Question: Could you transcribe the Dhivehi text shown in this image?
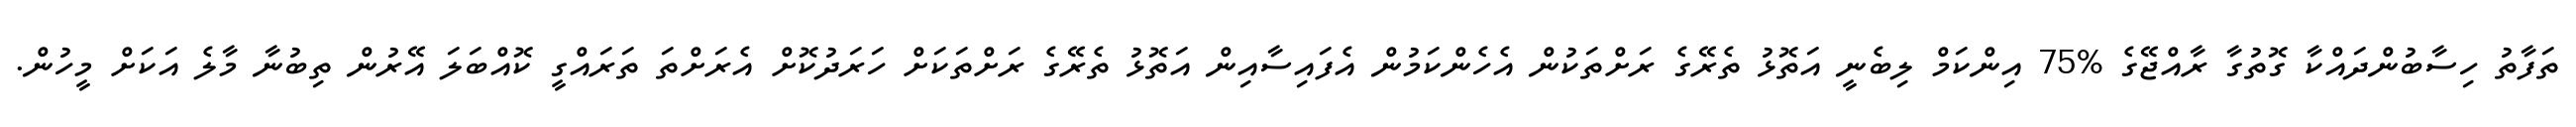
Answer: ތަފާތު ހިސާބުންދައްކާ ގޮތުގާ ރާއްޖޭގެ %75 އިންކަމް ލިބެނީ އަތޮޅު ތެރޭގެ ރަށްތަކުން އެހެންކަމުން އެފައިސާއިން އަތޮޅު ތެރޭގެ ރަށްތަކަށް ހަރަދުކޮށް އެރަށްތަ ތަރައްގީ ކޮއްބަލަ އޭރުން ތިބުނާ މާލެ އަކަށް މީހުން.